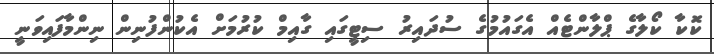
ކޮކާ ކޯލާގެ ޕްލާންޓެއް އެގައުމުގެ ސުދައިރު ސިޓީގައި ގާއިމް ކުރުމަށް އެކުންފުނިން ނިންމާފައިވަނީ